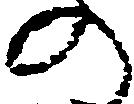
の